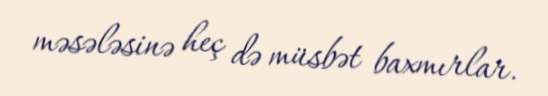
məsələsinə heç də müsbət baxmırlar.